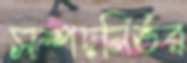
সম্পদনির্ভর